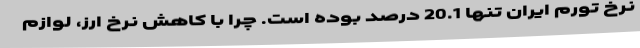
نرخ تورم ایران تنها 20.1 درصد بوده است. چرا با کاهش نرخ ارز، لوازم